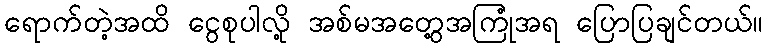
ရောက်တဲ့အထိ ငွေစုပါလို့ အစ်မအတွေ့အကြုံအရ ပြောပြချင်တယ်။